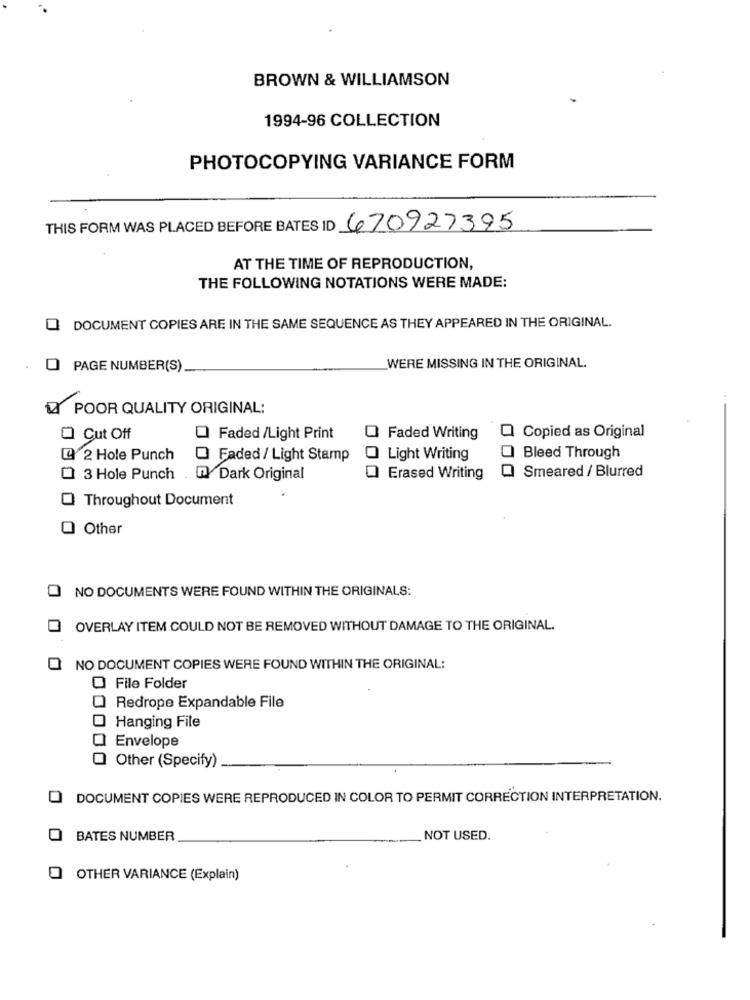
BROWN & WILLIAMSON
1994-96 COLLECTION
PHOTOCOPYING VARIANCE FORM
THIS FORM WAS PLACED BEFORE BATES ID 670927395
AT THE TIME OF REPRODUCTION,
THE FOLLOWING NOTATIONS WERE MADE:
DOCUMENT COPIES ARE IN THE SAME SEQUENCE AS THEY APPEARED IN THE ORIGINAL.
PAGE NUMBER(S)
WERE MISSING IN THE ORIGINAL.
& POOR QUALITY ORIGINAL:
Copied as Original
O Cut Off
Faded /Light Print
O Faded Writing
[ 2 Hole Punch
Faded / Light Stamp
Light Writing
Bleed Through
Smeared / Blurred
Q 3 Hole Punch
Dark Original
Erased Writing
Throughout Document
O Other
NO DOCUMENTS WERE FOUND WITHIN THE ORIGINALS:
OVERLAY ITEM COULD NOT BE REMOVED WITHOUT DAMAGE TO THE ORIGINAL.
NO DOCUMENT COPIES WERE FOUND WITHIN THE ORIGINAL:
O File Folder
Redrope Expandable File
Hanging File
Envelope
Other (Specify)
DOCUMENT COPIES WERE REPRODUCED IN COLOR TO PERMIT CORRECTION INTERPRETATION.
BATES NUMBER
NOT USED.
O OTHER VARIANCE (Explain)